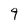
Character: 9